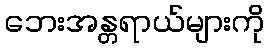
ဘေးအန္တရာယ်များကို